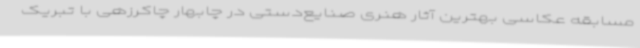
مسابقه عکاسی بهترین آثار هنری صنایع‌دستی در چابهار چاکرزهی با تبریک